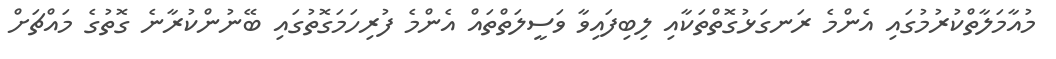
މުއާމަލާތްކުރުމުގައި އެންމެ ރަނގަޅުގޮތްތަކާއި ލިބިފައިވާ ވަސީލަތްތައް އެންމެ ފުރިހަމަގޮތުގައި ބޭނުންކުރާނެ ގޮތުގެ މައްޗަށް